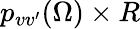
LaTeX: p_{vv^{\prime}}(\Omega)\times R